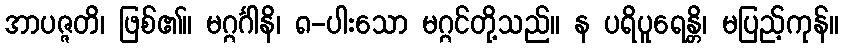
အာပဇ္ဇတိ၊ ဖြစ်၏။ မဂ္ဂင်္ဂါနိ၊ ၈-ပါးသော မဂ္ဂင်တို့သည်။ န ပရိပူရေန္တိ၊ မပြည့်ကုန်။